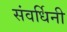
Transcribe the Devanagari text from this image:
संवर्धिनी